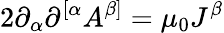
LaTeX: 2\partial_{\alpha}\partial^{[\alpha}A^{\beta]}=\mu_{0}J^{\beta}